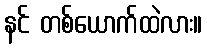
နင် တစ်ယောက်ထဲလား။